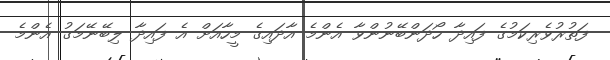
ފަތުރުވެރިކަމުގެ ފައިދާ ހޯދަންބޭނުންވާ އެންމެ އާދައިގެ މީހާއަށް އެ ފައިދާ ލިބޭނޭމަގު އެންމެ